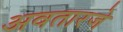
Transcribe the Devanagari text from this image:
अवतारजे